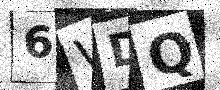
Text: 6WDQ